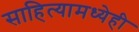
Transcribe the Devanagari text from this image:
साहित्यामध्येही